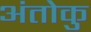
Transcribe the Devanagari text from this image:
अंतोकु